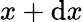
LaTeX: x+\mathrm{d}x